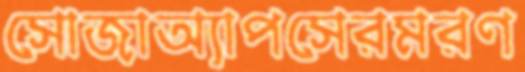
সোজাঅ্যাপসেরমরণ